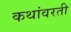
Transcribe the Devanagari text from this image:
कथांवरती